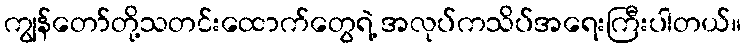
ကျွန်တော်တို့သတင်းထောက်တွေရဲ့ အလုပ်ကသိပ်အရေးကြီးပါတယ်။